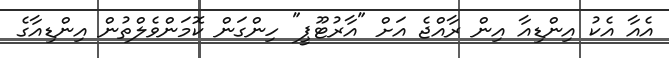
އެއާ އެކު އިންޑިއާ އިން ރާއްޖެ އަށް "އާރުޓޫޕީ" ހިންގަން ކޮމަންވެލްތުން އިންޑިއާގެ